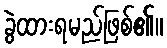
ခွဲထားရမည်ဖြစ်၏။